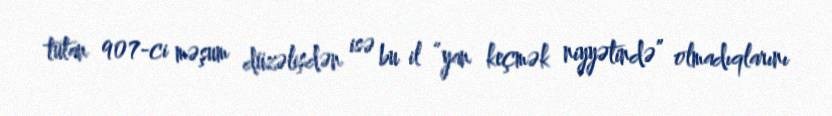
tutan 907-ci məşum düzəlişdən isə bu il “yan keçmək niyyətində” olmadıqlarını